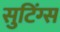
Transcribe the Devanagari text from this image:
सुटिंग्स